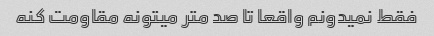
فقط نمیدونم واقعا تا صد متر میتونه مقاومت کنه